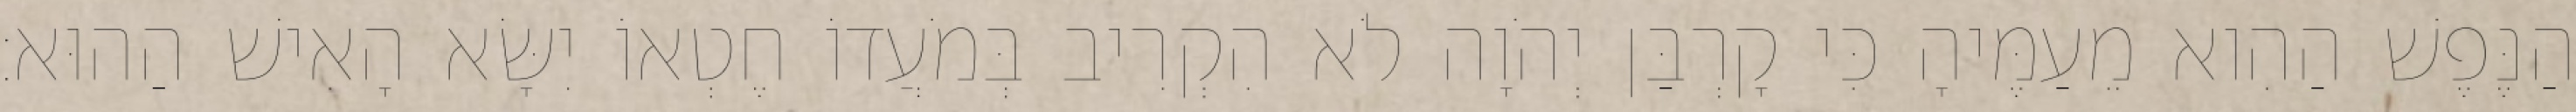
הַנֶּפֶשׁ הַהִוא מֵעַמֶּיהָ כִּי קָרְבַּן יְהֹוָה לֹא הִקְרִיב בְּמֹעֲדוֹ חֶטְאוֹ יִשָּׂא הָאִישׁ הַהוּא׃